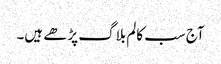
آج سب کالم بلاگ پڑھے ہیں۔